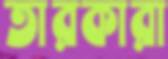
তারকারা